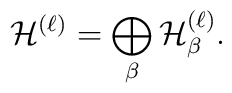
{\cal H}^{(\ell )}=\bigoplus_\beta {\cal H}_\beta ^{(\ell )}.